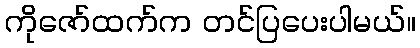
ကိုဇော်ထက်က တင်ပြပေးပါမယ်။